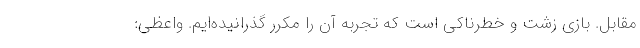
مقابل. بازی زشت و خطرناکی است که تجربه آن را مکرر گذرانیده‌ایم. واعظی: